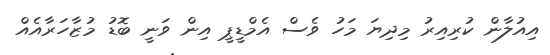
އިއުލާން ކުރިއިރު މިދިޔަ މަހު ވެސް އެމްޑީޕީ އިން ވަނީ ބޮޑު މުޒާހަރާއެއް